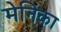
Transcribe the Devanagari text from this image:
मेनिका